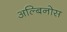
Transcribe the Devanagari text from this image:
अल्बिनोस